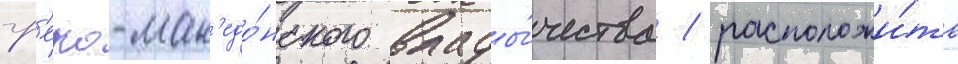
гр'еко-мак'едо́нского влады́чества / расположи́ть